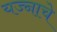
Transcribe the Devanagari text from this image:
यज्नाचे